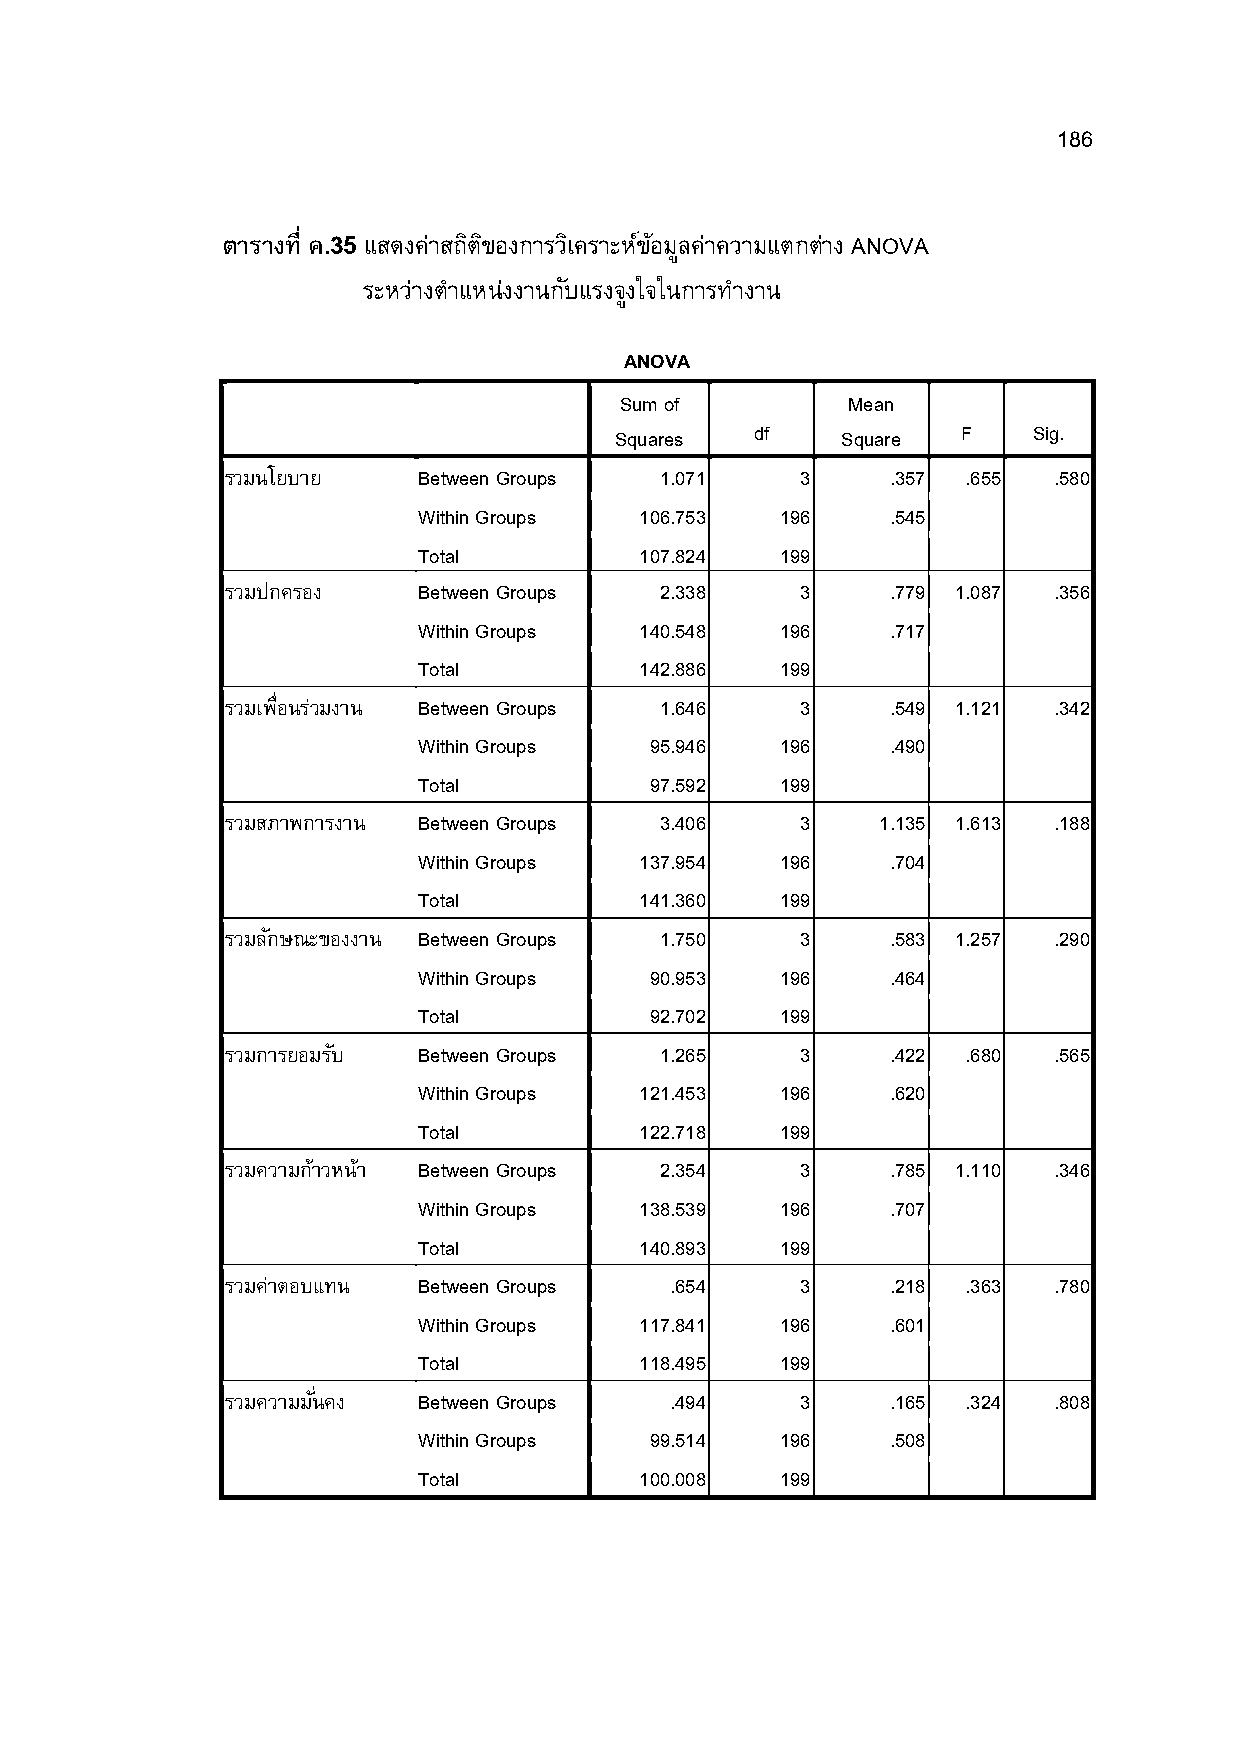
186
 ตารางที ค.35 แสดงค่าสถติ ขิ องการวเิ คราะหข์ อ้ มลู ค่าความแตกต่าง ANOVA
 ระหว่างตําแหน่งงานกบั แรงจงู ใจในการทาํ งาน
 ANOVA
 Sum of         Mean
 Squares  df    Square  F   Sig.
 รวมนโยบาย    Between Groups  1.071    3     .357 .655  .580
 Within Groups 106.753   196    .545
 Total         107.824   199
 รวมปกครอง    Between Groups  2.338    3     .779 1.087 .356
 Within Groups 140.548   196    .717
 Total         142.886   199
 รวมเพอMื นรว่ มงาน Between Groups 1.646 3   .549 1.121 .342
 Within Groups  95.946   196    .490
 Total          97.592   199
 รวมสภาพการงาน Between Groups 3.406    3    1.135 1.613 .188
 Within Groups 137.954   196    .704
 Total         141.360   199
 รวมลกั ษณะของงาน Between Groups 1.750 3     .583 1.257 .290
 Within Groups  90.953   196    .464
 Total          92.702   199
 รวมการยอมรบั Between Groups  1.265    3     .422 .680  .565
 Within Groups 121.453   196    .620
 Total         122.718   199
 รวมความกา้ วหน้า Between Groups 2.354 3     .785 1.110 .346
 Within Groups 138.539   196    .707
 Total         140.893   199
 รวมคา่ ตอบแทน Between Groups .654     3     .218 .363  .780
 Within Groups 117.841   196    .601
 Total         118.495   199
 รวมความมนัM คง Between Groups .494    3     .165 .324  .808
 Within Groups  99.514   196    .508
 Total         100.008   199